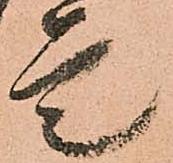
是